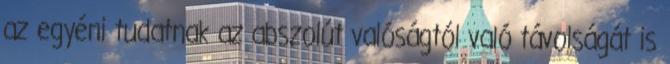
az egyéni tudatnak az abszolút valóságtól való távolságát is